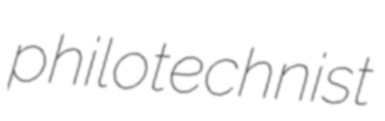
philotechnist